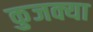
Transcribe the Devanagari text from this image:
कुजक्या